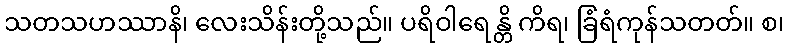
သတသဟဿာနိ၊ လေးသိန်းတို့သည်။ ပရိဝါရေန္တိ ကိရ၊ ခြံရံကုန်သတတ်။ စ၊